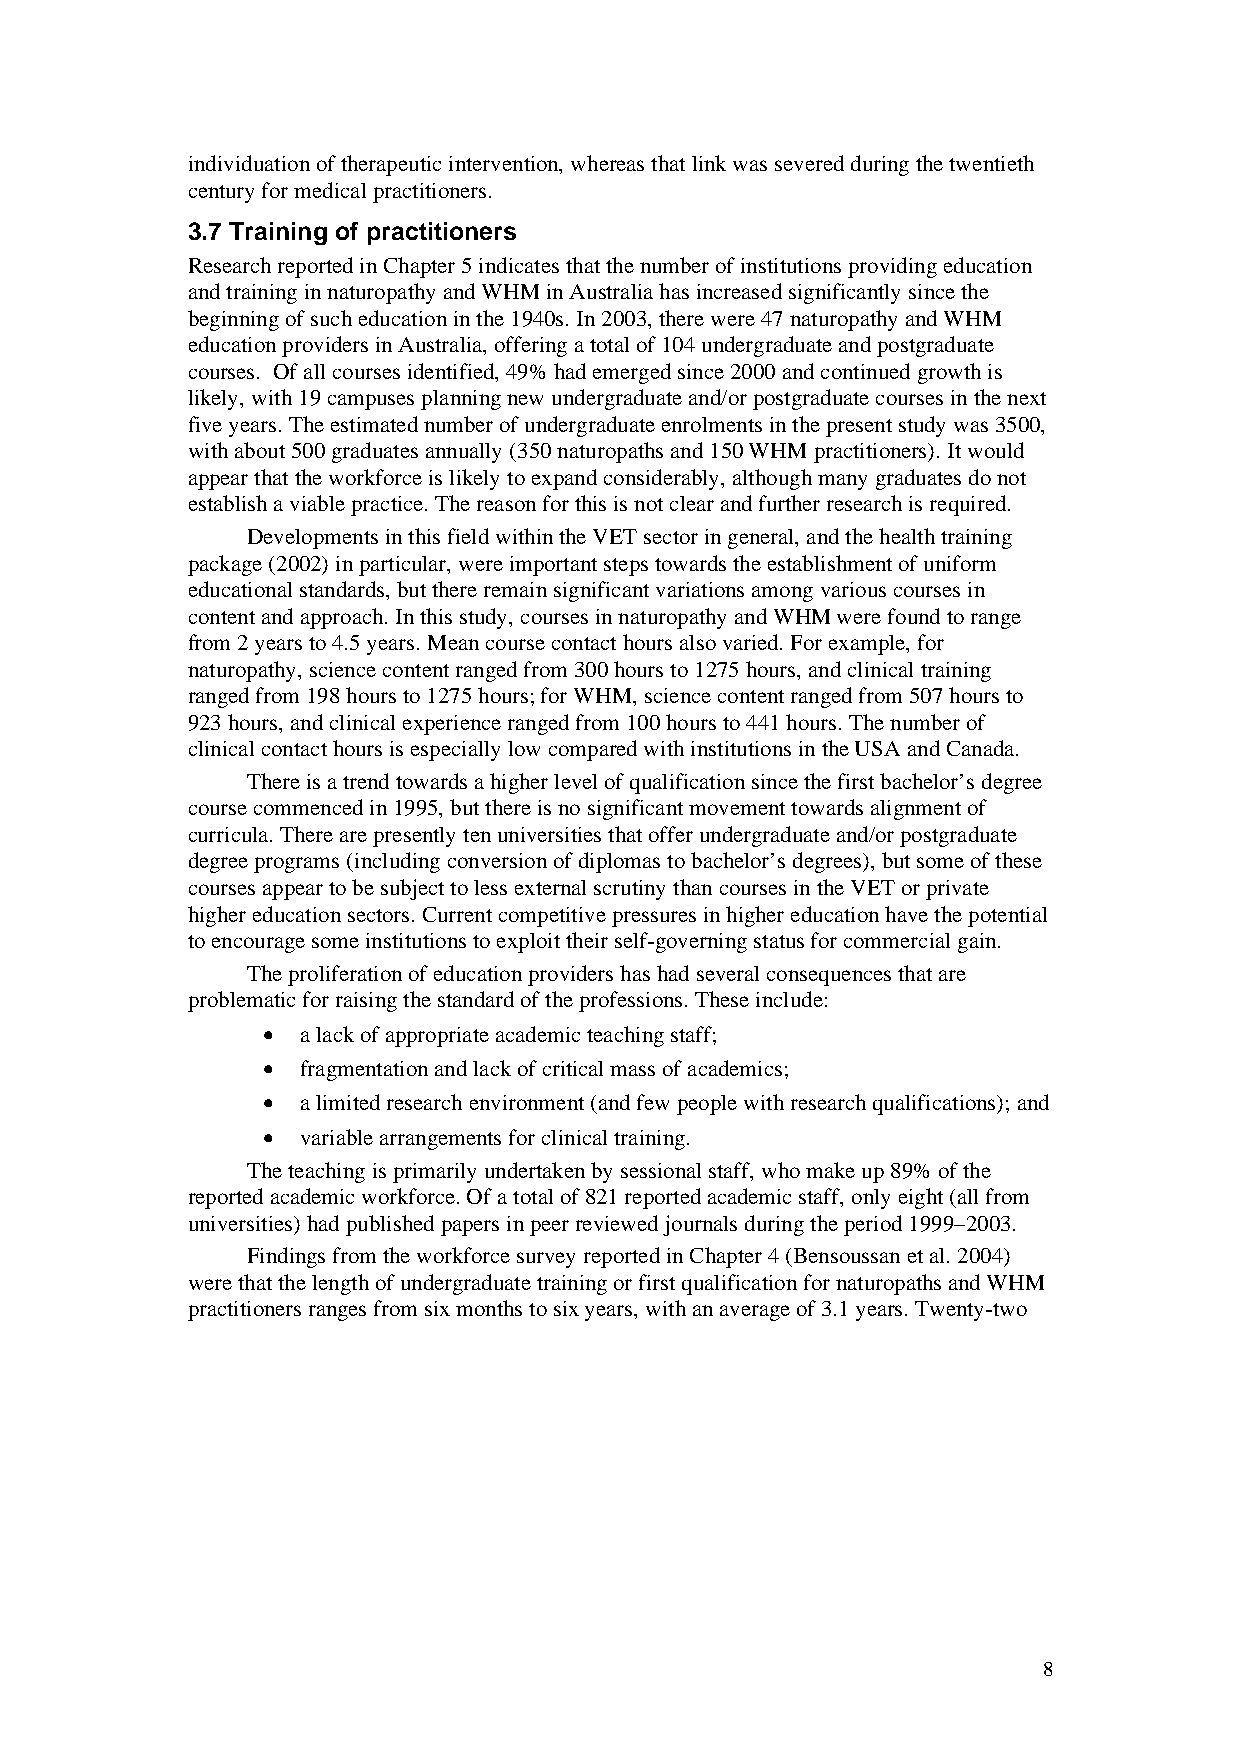
individuation of therapeutic intervention, whereas that link was severed during the twentieth
 century for medical practitioners.
 3.7 Training of practitioners
 Research reported in Chapter 5 indicates that the number of institutions providing education
 and training in naturopathy and WHM in Australia has increased significantly since the
 beginning of such education in the 1940s. In 2003, there were 47 naturopathy and WHM
 education providers in Australia, offering a total of 104 undergraduate and postgraduate
 courses. Of all courses identified, 49% had emerged since 2000 and continued growth is
 likely, with 19 campuses planning new undergraduate and/or postgraduate courses in the next
 five years. The estimated number of undergraduate enrolments in the present study was 3500,
 with about 500 graduates annually (350 naturopaths and 150 WHM practitioners). It would
 appear that the workforce is likely to expand considerably, although many graduates do not
 establish a viable practice. The reason for this is not clear and further research is required.
 Developments in this field within the VET sector in general, and the health training
 package (2002) in particular, were important steps towards the establishment of uniform
 educational standards, but there remain significant variations among various courses in
 content and approach. In this study, courses in naturopathy and WHM were found to range
 from 2 years to 4.5 years. Mean course contact hours also varied. For example, for
 naturopathy, science content ranged from 300 hours to 1275 hours, and clinical training
 ranged from 198 hours to 1275 hours; for WHM, science content ranged from 507 hours to
 923 hours, and clinical experience ranged from 100 hours to 441 hours. The number of
 clinical contact hours is especially low compared with institutions in the USA and Canada.
 There is a trend towards a higher level of qualification since the first bachelor’s degree
 course commenced in 1995, but there is no significant movement towards alignment of
 curricula. There are presently ten universities that offer undergraduate and/or postgraduate
 degree programs (including conversion of diplomas to bachelor’s degrees), but some of these
 courses appear to be subject to less external scrutiny than courses in the VET or private
 higher education sectors. Current competitive pressures in higher education have the potential
 to encourage some institutions to exploit their self-governing status for commercial gain.
 The proliferation of education providers has had several consequences that are
 problematic for raising the standard of the professions. These include:
 •  a lack of appropriate academic teaching staff;
 •  fragmentation and lack of critical mass of academics;
 •  a limited research environment (and few people with research qualifications); and
 •  variable arrangements for clinical training.
 The teaching is primarily undertaken by sessional staff, who make up 89% of the
 reported academic workforce. Of a total of 821 reported academic staff, only eight (all from
 universities) had published papers in peer reviewed journals during the period 1999–2003.
 Findings from the workforce survey reported in Chapter 4 (Bensoussan et al. 2004)
 were that the length of undergraduate training or first qualification for naturopaths and WHM
 practitioners ranges from six months to six years, with an average of 3.1 years. Twenty-two
 8